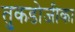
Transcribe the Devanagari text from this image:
तुकडोजीका